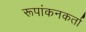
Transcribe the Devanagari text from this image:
रूपांकनकर्ता